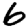
Digit: 6